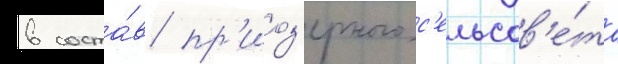
в соста́в пр'иоз'ерного с'ельсов'е́та